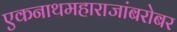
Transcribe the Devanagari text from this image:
एकनाथमहाराजांबरोबर